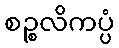
စဉ္စလိကပ္ပံ